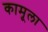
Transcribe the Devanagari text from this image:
कामूला